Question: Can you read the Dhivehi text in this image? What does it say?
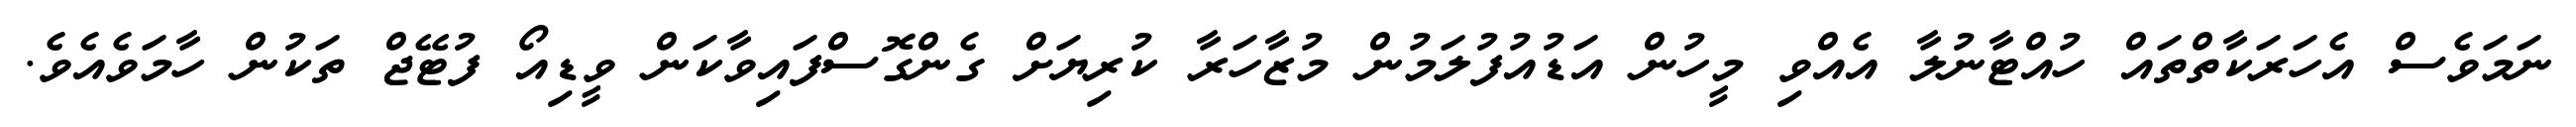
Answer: ނަމަވެސް އެހަރަކާތްތައް ހުއްޓާނުލާ އެއްވި މީހުން އަޑުއުފުލަމުން މުޒާހަރާ ކުރިޔަށް ގެންގޮސްފައިވާކަން ވީޑިއޯ ފުޓޭޖް ތަކުން ހާމަވެއެވެ.